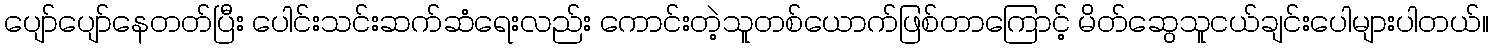
ပျော်ပျော်နေတတ်ပြီး ပေါင်းသင်းဆက်ဆံရေးလည်း ကောင်းတဲ့သူတစ်ယောက်ဖြစ်တာကြောင့် မိတ်ဆွေသူငယ်ချင်းပေါများပါတယ်။